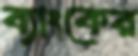
ব্যাংকের